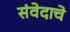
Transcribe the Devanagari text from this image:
संवेदाचे